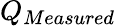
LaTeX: Q_{Measured}\,